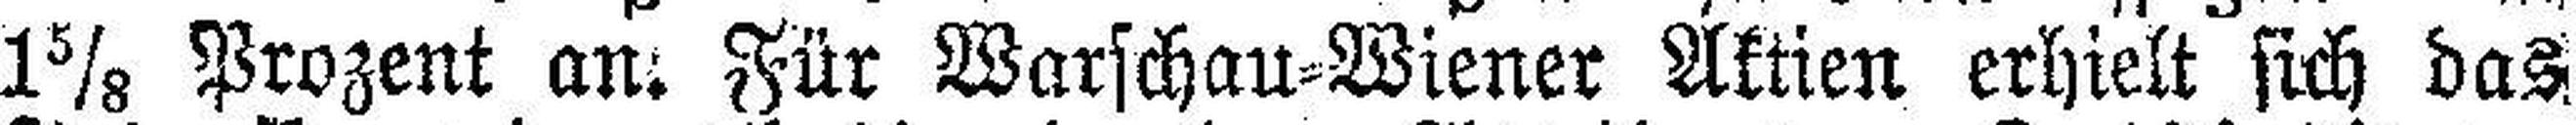
1⅝ Prozent an. Für Warschau=Wiener Aktien erhielt sich das